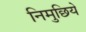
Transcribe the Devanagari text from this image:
निमुछिये